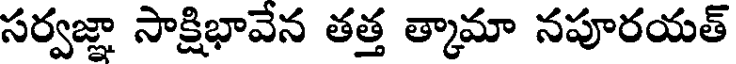
సర్వజ్ఞా సాక్షిభావేన తత్త త్కామా నపూరయత్